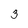
Character: 3